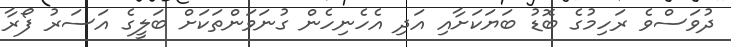
ދުވަސްވެ ރަހިމުގެ ބޮޑު ބަޔަކަށާއި އަދި އެހެނިހެން ގުނަވަންތަކަށް ބަލީގެ އަސަރު ފޯރާ